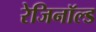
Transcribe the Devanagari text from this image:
रेजिनॉल्ड